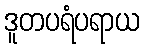
ဒူတပရံပရာယ